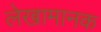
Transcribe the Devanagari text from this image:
लेखामानक